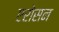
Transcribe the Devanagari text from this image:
एरोसन